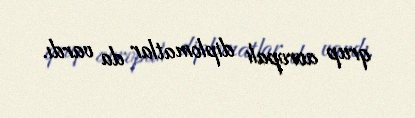
qrup avropalı diplomatlar da vardı.